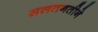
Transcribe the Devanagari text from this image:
सलतनतीने